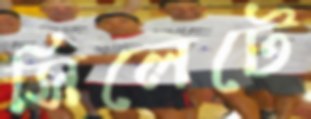
সিলেটে